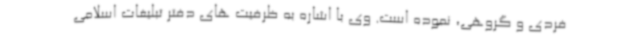
فردی و گروهی، نموده است. وی با اشاره به ظرفیت های دفتر تبلیغات اسلامی